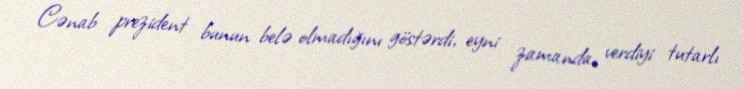
Cənab prezident bunun belə olmadığını göstərdi, eyni zamanda, verdiyi tutarlı